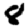
Digit: 8